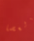
بالعصا